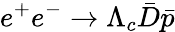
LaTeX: e^{+}e^{-}\to\Lambda_{c}\bar{D}\bar{p}